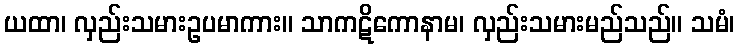
ယထာ၊ လှည်းသမားဥပမာကား။ သာကဋိကောနာမ၊ လှည်းသမားမည်သည်။ သမံ၊